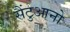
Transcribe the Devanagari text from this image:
सैंटुआनो